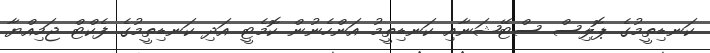
ކަނޑިތީމުގެ ޕޮލިސް ސްޓޭޝަނާއި ކަނޑިތީމު އަންހެނުން ކޮމެޓީ އަދި ކަނޑިތީމުގެ ފެކްޓް ޖަމިއްޔާ